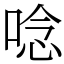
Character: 唸